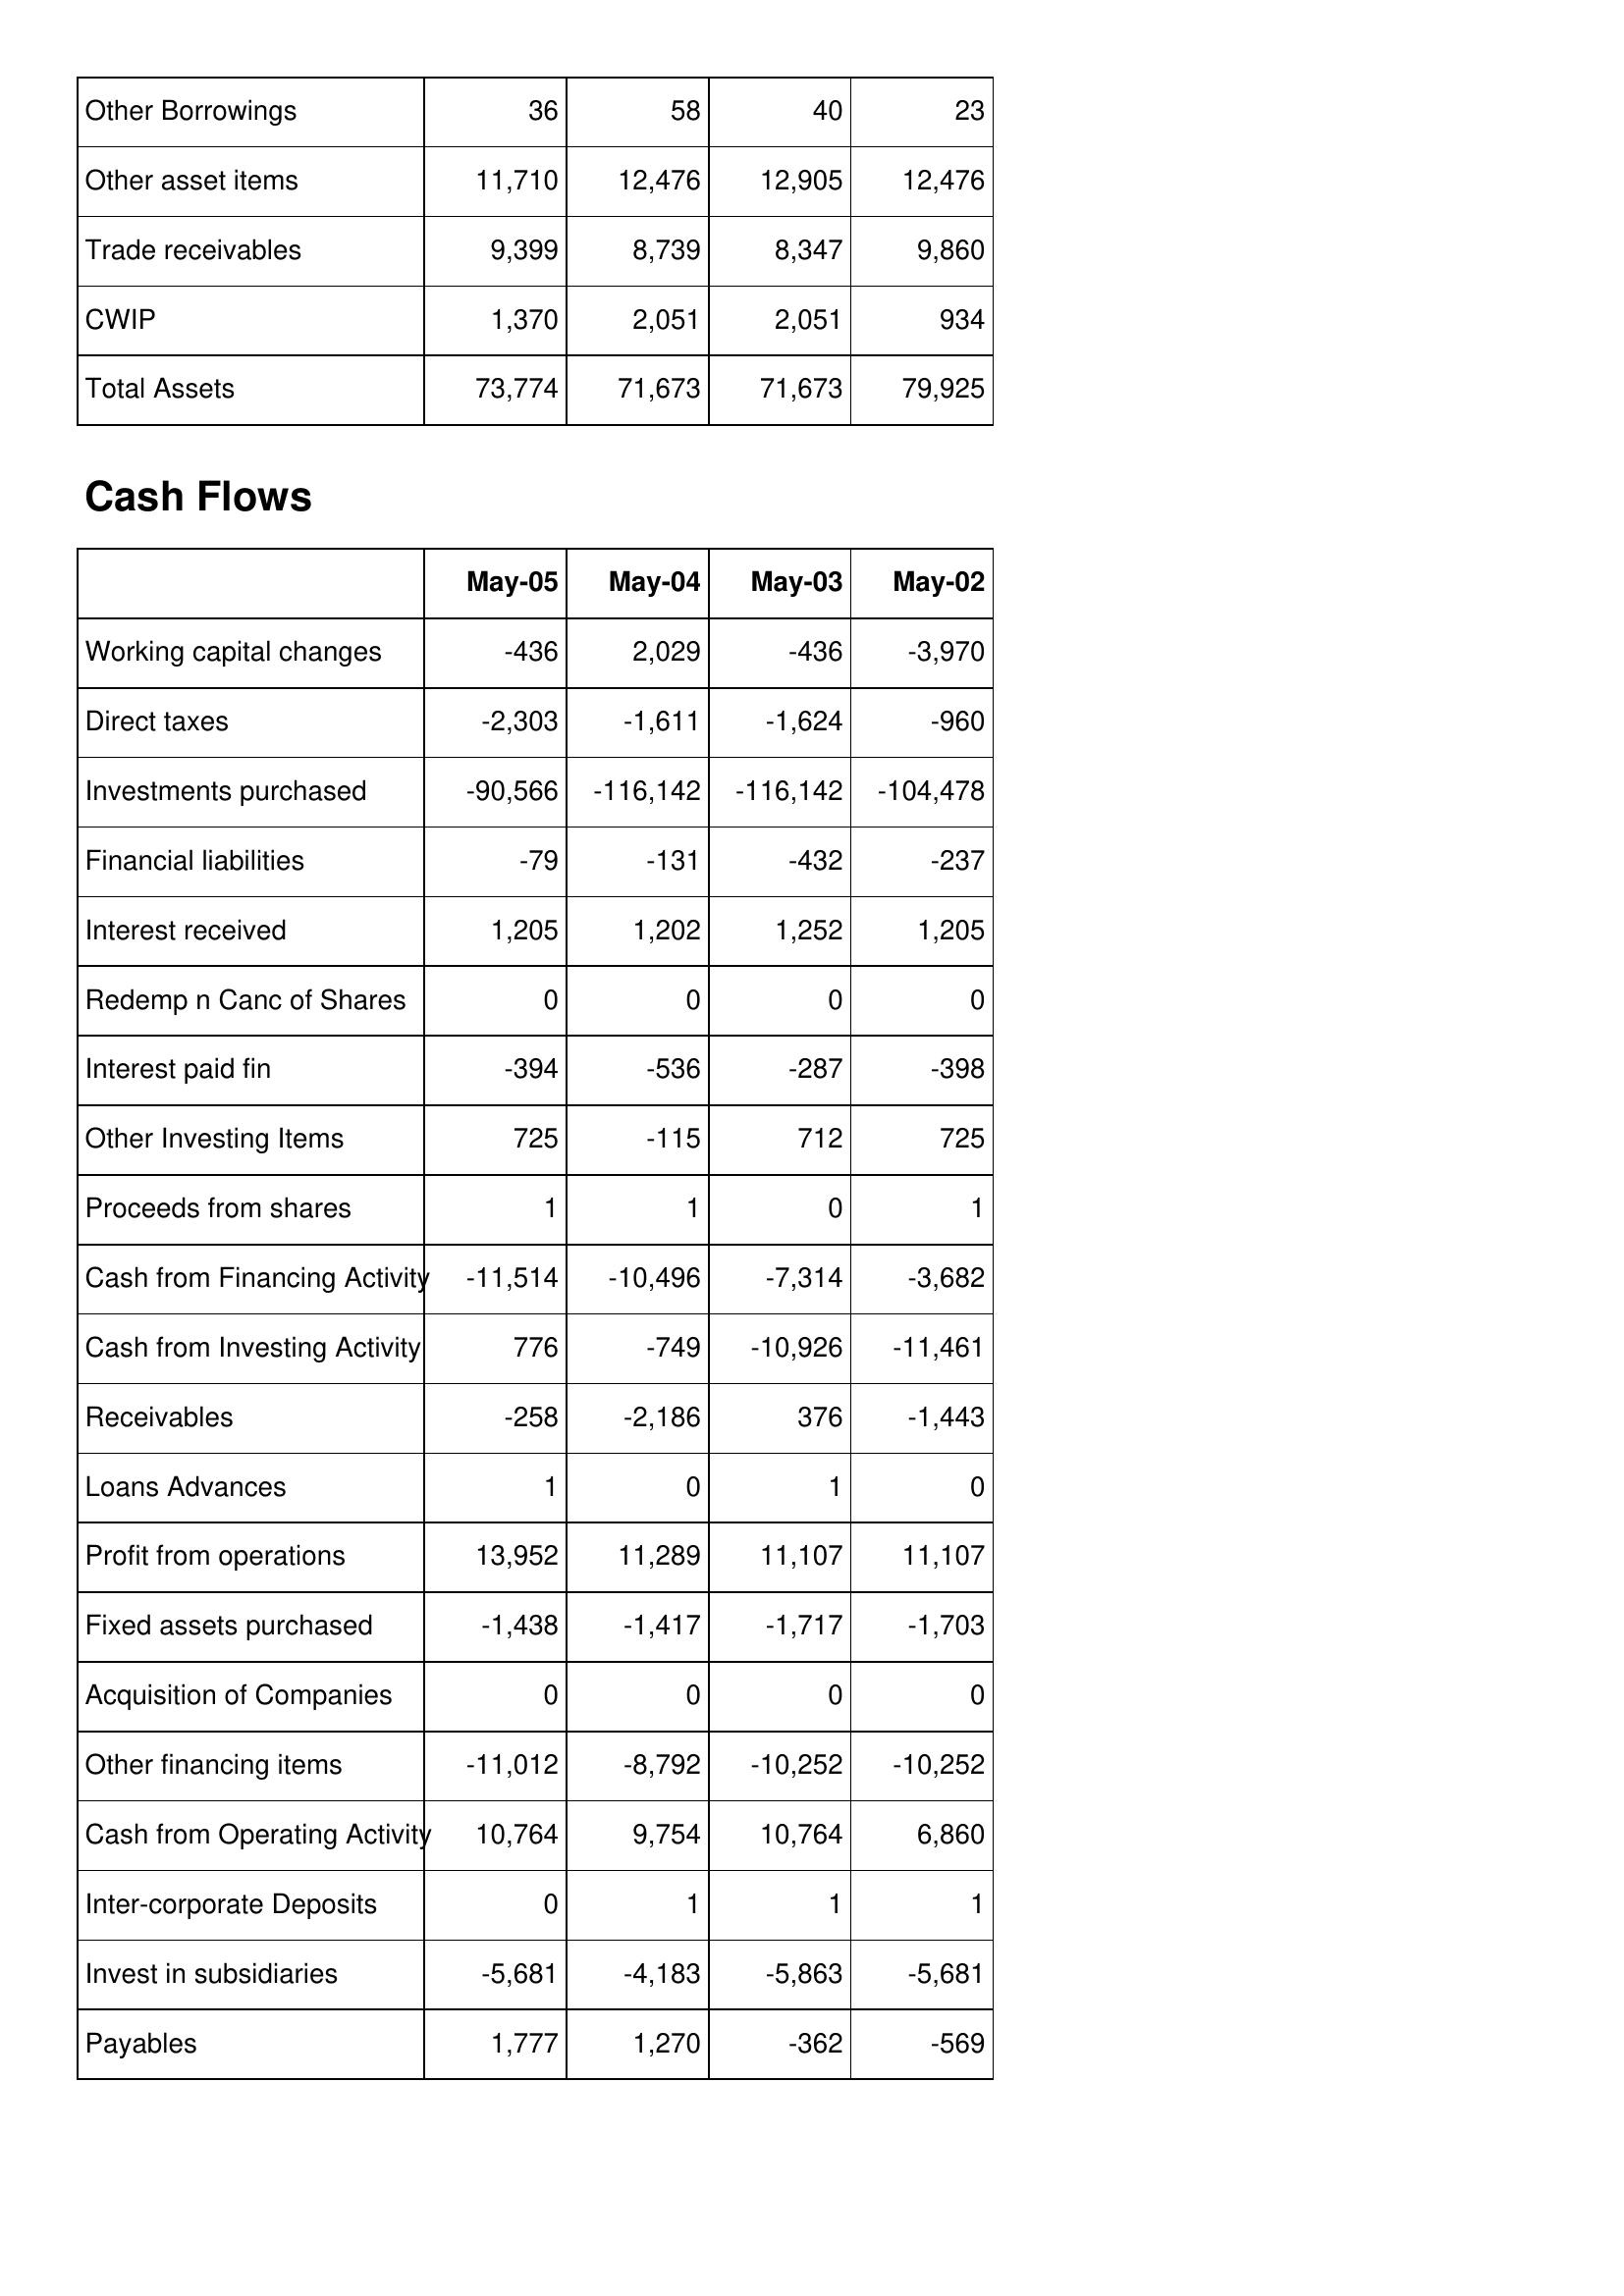
May-05: Balance Sheet: Other Borrowings: 36
Other asset items: 11,710
Trade receivables: 9,399
CWIP: 1,370
Total Assets: 73,774
Cash Flows: Working capital changes: -436
Direct taxes: -2,303
Investments purchased: -90,566
Financial liabilities: -79
Interest received: 1,205
Redemp n Canc of Shares: 0
Interest paid fin: -394
Other Investing Items: 725
Proceeds from shares: 1
Cash from Financing Activity: -11,514
Cash from Investing Activity: 776
Receivables: -258
Loans Advances: 1
Profit from operations: 13,952
Fixed assets purchased: -1,438
Acquisition of Companies: 0
Other financing items: -11,012
Cash from Operating Activity: 10,764
Inter-corporate Deposits: 0
Invest in subsidiaries: -5,681
Payables: 1,777
May-04: Balance Sheet: Other Borrowings: 58
Other asset items: 12,476
Trade receivables: 8,739
CWIP: 2,051
Total Assets: 71,673
Cash Flows: Working capital changes: 2,029
Direct taxes: -1,611
Investments purchased: -116,142
Financial liabilities: -131
Interest received: 1,202
Redemp n Canc of Shares: 0
Interest paid fin: -536
Other Investing Items: -115
Proceeds from shares: 1
Cash from Financing Activity: -10,496
Cash from Investing Activity: -749
Receivables: -2,186
Loans Advances: 0
Profit from operations: 11,289
Fixed assets purchased: -1,417
Acquisition of Companies: 0
Other financing items: -8,792
Cash from Operating Activity: 9,754
Inter-corporate Deposits: 1
Invest in subsidiaries: -4,183
Payables: 1,270
May-03: Balance Sheet: Other Borrowings: 40
Other asset items: 12,905
Trade receivables: 8,347
CWIP: 2,051
Total Assets: 71,673
Cash Flows: Working capital changes: -436
Direct taxes: -1,624
Investments purchased: -116,142
Financial liabilities: -432
Interest received: 1,252
Redemp n Canc of Shares: 0
Interest paid fin: -287
Other Investing Items: 712
Proceeds from shares: 0
Cash from Financing Activity: -7,314
Cash from Investing Activity: -10,926
Receivables: 376
Loans Advances: 1
Profit from operations: 11,107
Fixed assets purchased: -1,717
Acquisition of Companies: 0
Other financing items: -10,252
Cash from Operating Activity: 10,764
Inter-corporate Deposits: 1
Invest in subsidiaries: -5,863
Payables: -362
May-02: Balance Sheet: Other Borrowings: 23
Other asset items: 12,476
Trade receivables: 9,860
CWIP: 934
Total Assets: 79,925
Cash Flows: Working capital changes: -3,970
Direct taxes: -960
Investments purchased: -104,478
Financial liabilities: -237
Interest received: 1,205
Redemp n Canc of Shares: 0
Interest paid fin: -398
Other Investing Items: 725
Proceeds from shares: 1
Cash from Financing Activity: -3,682
Cash from Investing Activity: -11,461
Receivables: -1,443
Loans Advances: 0
Profit from operations: 11,107
Fixed assets purchased: -1,703
Acquisition of Companies: 0
Other financing items: -10,252
Cash from Operating Activity: 6,860
Inter-corporate Deposits: 1
Invest in subsidiaries: -5,681
Payables: -569